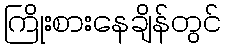
ကြိုးစားနေချိန်တွင်